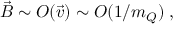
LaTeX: \vec { B } \sim O ( \vec { v } ) \sim O ( 1 / m _ { Q } ) \; ,